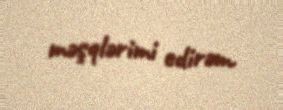
məşqlərimi edirəm.